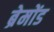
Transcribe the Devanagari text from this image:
ब्रेमोंड